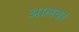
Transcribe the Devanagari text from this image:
आलवर